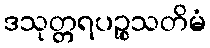
ဒသုတ္တရပဉ္စသတိမံ